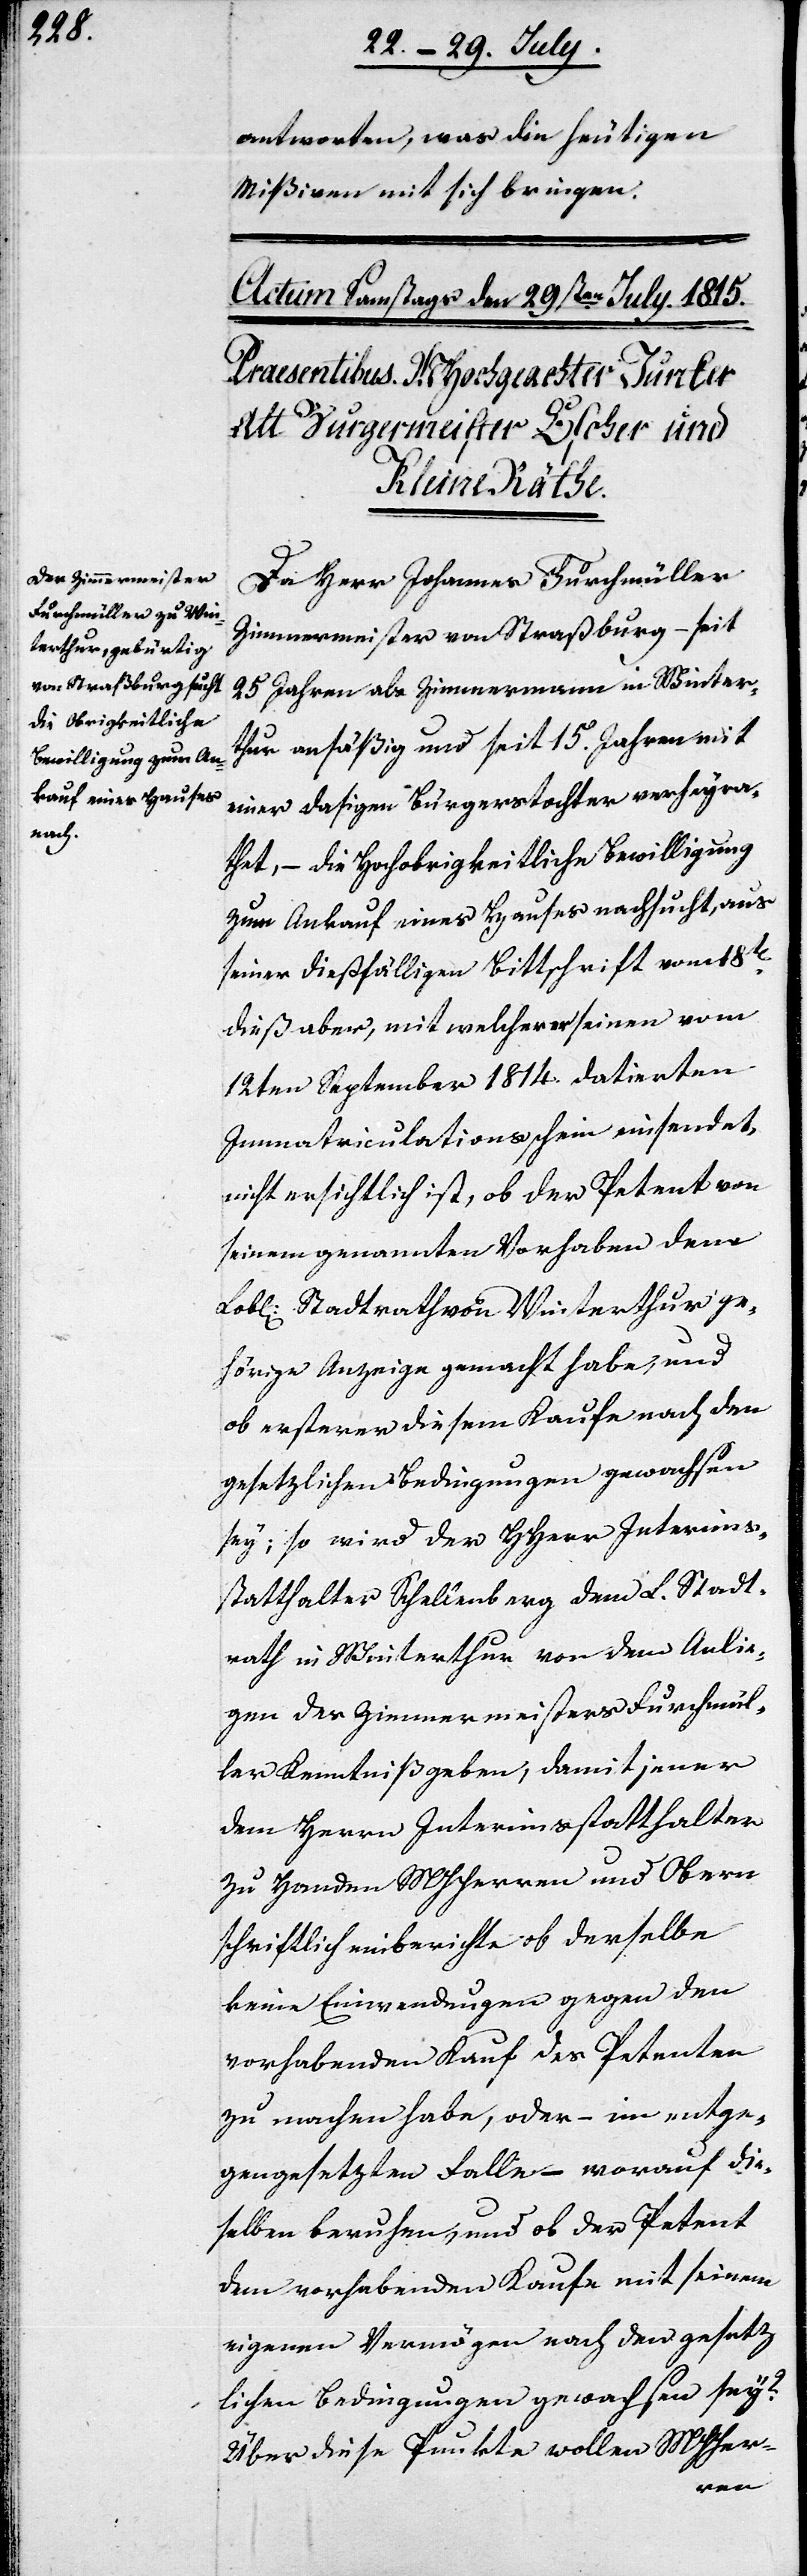
antworten, was die heutigen
Mißiven mit sich bringen.
Da Herr Johannes Furchmüller
Zimmermeister von Straßburg – seit
25. Jahren als Zimmermann in Winter¬
thur ansäßig und seit 15. Jahren mit
einer dortigen Bürgerstochter verheyra¬
thet, – die Hochobrigkeitliche Bewilligung
zum Ankauf eines Hauses nachsucht, aus
seiner dießfälligen Bittschrift vom 18ten
dieß aber, mit welcher er seinen vom
12ten September 1814. datierten
Immatriculationsschein einsendet,
nicht ersichtlich ist, ob der Petent von
seinem genannten Vorhaben dem
Lobl. Stadtrath von Winterthur ge¬
hörige Anzeige gemacht habe, und
ob ersterer diesem Kaufe nach den
gesetzlichen Bedingungen gewachsen
sey; so wird der HHerr Interims¬
statthalter Schellenberg dem L. Stadt¬
rath in Winterthur von den Anlie¬
gen des Zimmermeister Furchmül¬
ler Kenntniß geben, damit jener
dem Herrn Interimsstatthalter
zu Handen MHHerren und Obern
schriftlich einberichte ob derselbe
keine Einwendungen gegen den
vorhabenden Kauf des Petenten
zu machen habe, oder – im entge¬
gengesetzten Falle, worauf die¬
selben beruhen, und ob der Petent
dem vorhabenden Kaufe mit seinem
eigenen Vermögen nach dem gesetz¬
lichen Bedingungen gewachsen sey?
Über diese Punkte wollen MHHer-